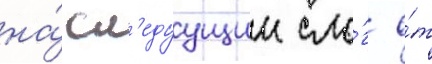
на́ сл'едуущии сло́г о́т